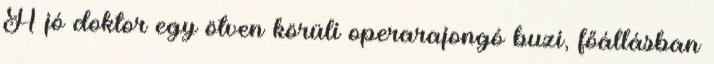
A jó doktor egy ötven körüli operarajongó buzi, főállásban